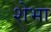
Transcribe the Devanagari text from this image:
शेभा